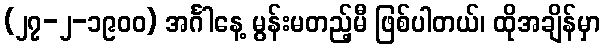
(၂၇-၂-၁၉၀၀) အင်္ဂါနေ့ မွန်းမတည့်မီ ဖြစ်ပါတယ်၊ ထိုအချိန်မှာ